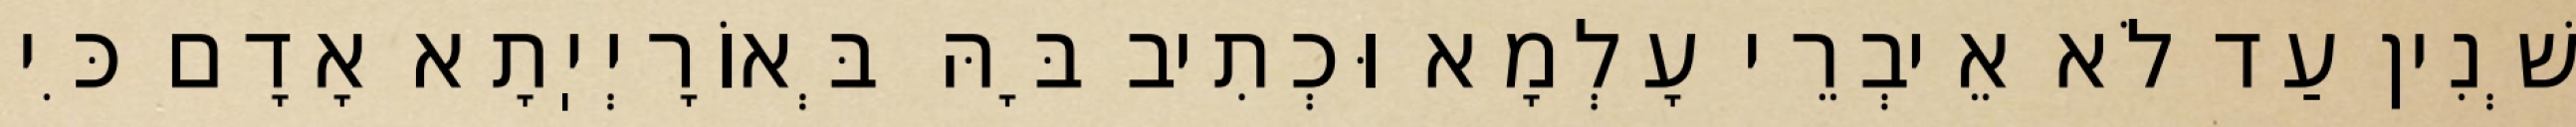
שְׁנִין עַד לֹא אֵיבְרֵי עָלְמָא וּכְתִיב בָּהּ בְּאוֹרָיְיֽתָא אָדָם כִּי